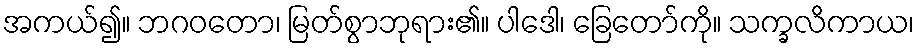
အကယ်၍။ ဘဂဝတော၊ မြတ်စွာဘုရား၏။ ပါဒေါ၊ ခြေတော်ကို။ သက္ခလိကာယ၊